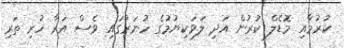
ކުރުމާއި މޮޑެލް ކުރުން އަދި ލަވަކިޔުމުގެ ހުނަރުގައި ވެސް އަރާ ހުރި ތަރި